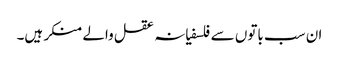
ان سب باتوں سے فلسفیانہ عقل والے منکر ہیں۔